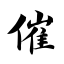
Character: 催